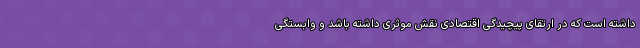
داشته است که در ارتقای پیچیدگی اقتصادی نقش موثری داشته باشد و وابستگی